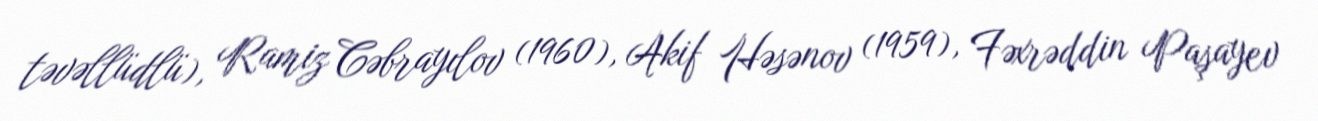
təvəllüdlü), Ramiz Cəbrayılov (1960), Akif Həsənov (1959), Fəxrəddin Paşayev